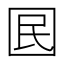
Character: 囻